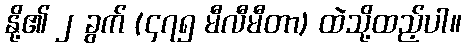
နို့၏ ၂ ခွက် (၄၇၅ မီလီမီတာ) ထဲသို့ထည့်ပါ။